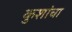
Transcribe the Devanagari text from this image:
कुशांचा